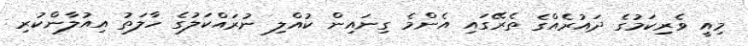
މިއީ ވެރިކަމުގެ ދައުރެއްގެ ތެރޭގައި އެންމެ ގިނައިން ކުއްލި ނުރައްކަލުގެ ހާލަތު އިއުލާންކުރި